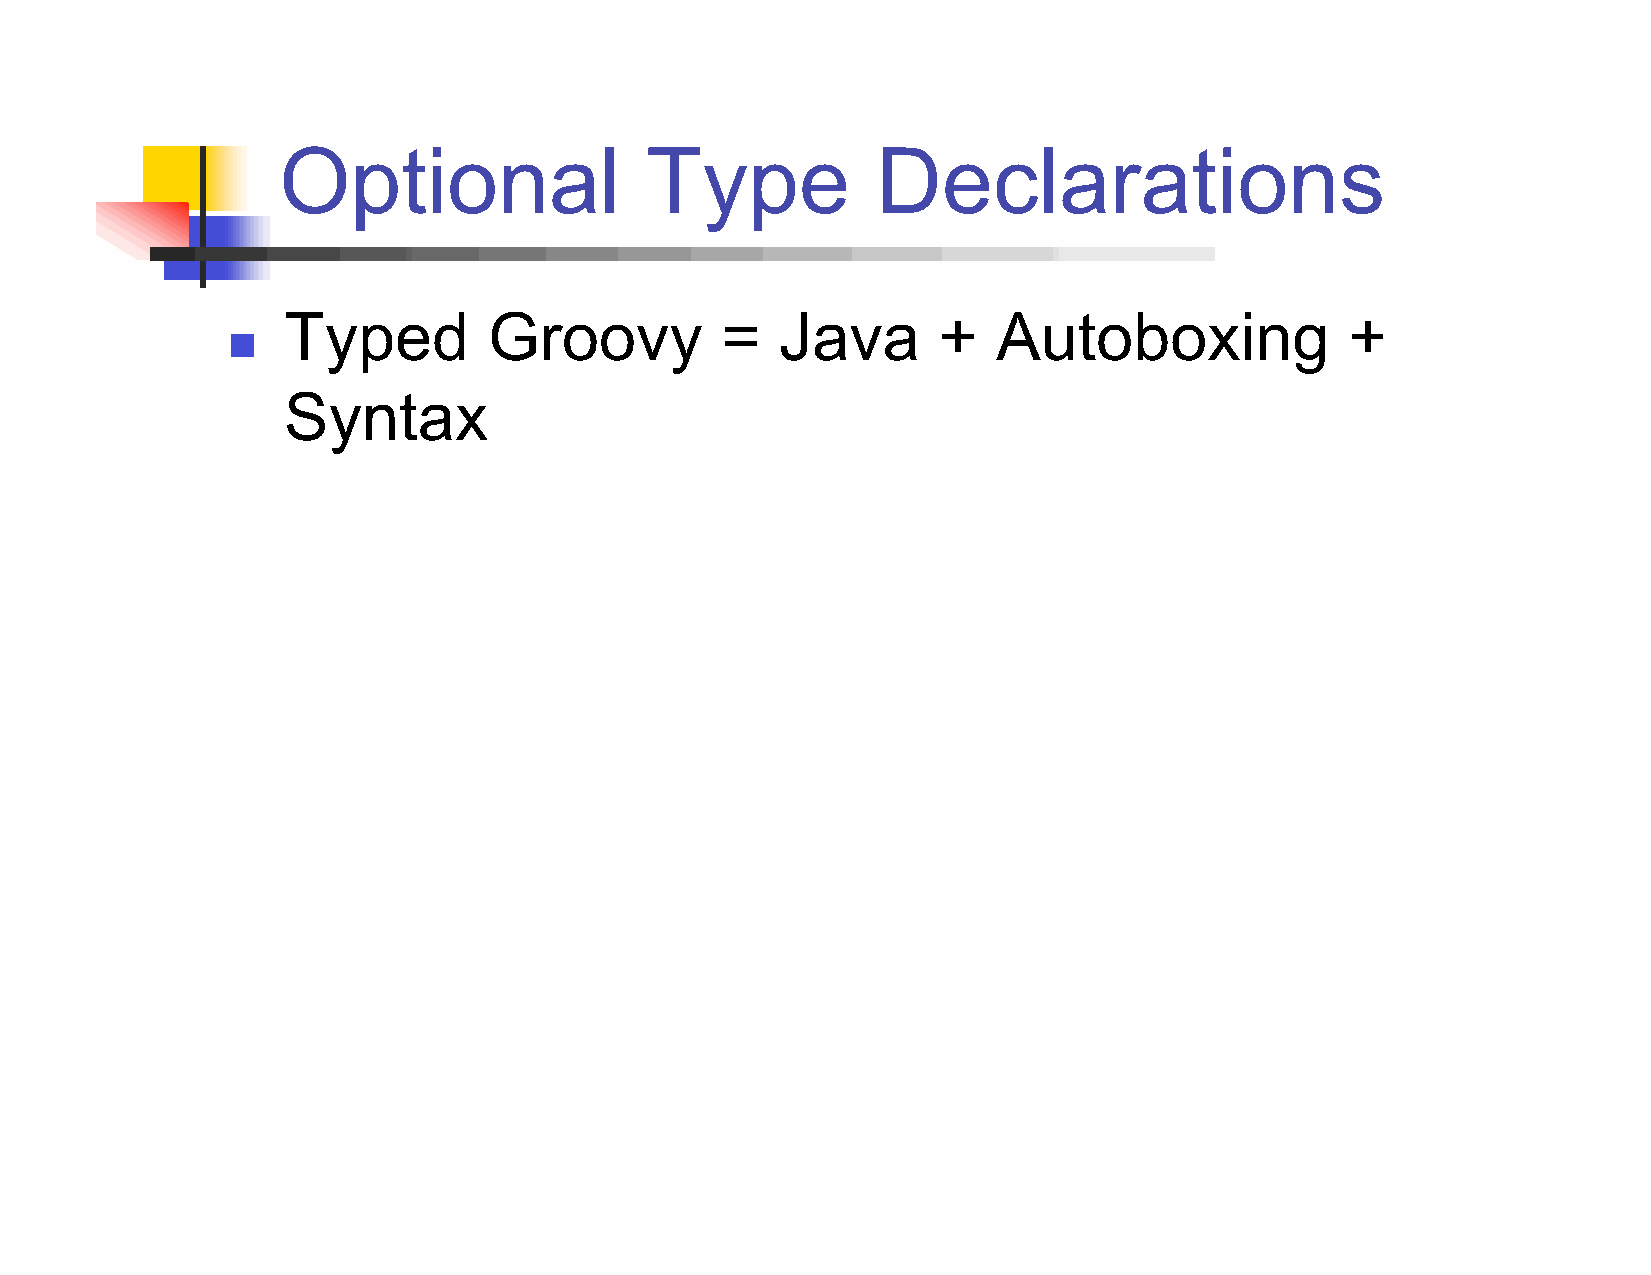
Optional                 Type           Declarations
 Typed        Groovy          =   Java      +   Autoboxing             +
 
 Syntax